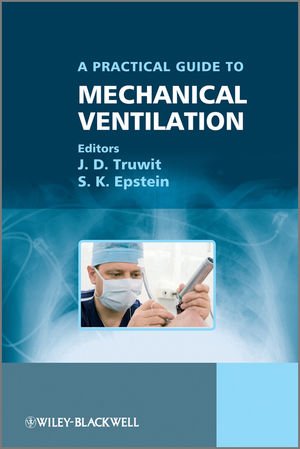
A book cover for A Practical Guide to Mechanical Ventilation; Medical Books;